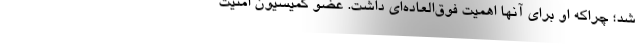
شد؛ چراکه او برای آنها اهمیت فوق‌العاده‌ای داشت. عضو کمیسیون امنیت